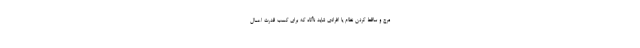
مرج و ساقط کردن نظام یا افرادی شاید ناآگاه که برای کسب قدرت اعمال